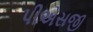
પીએસજી